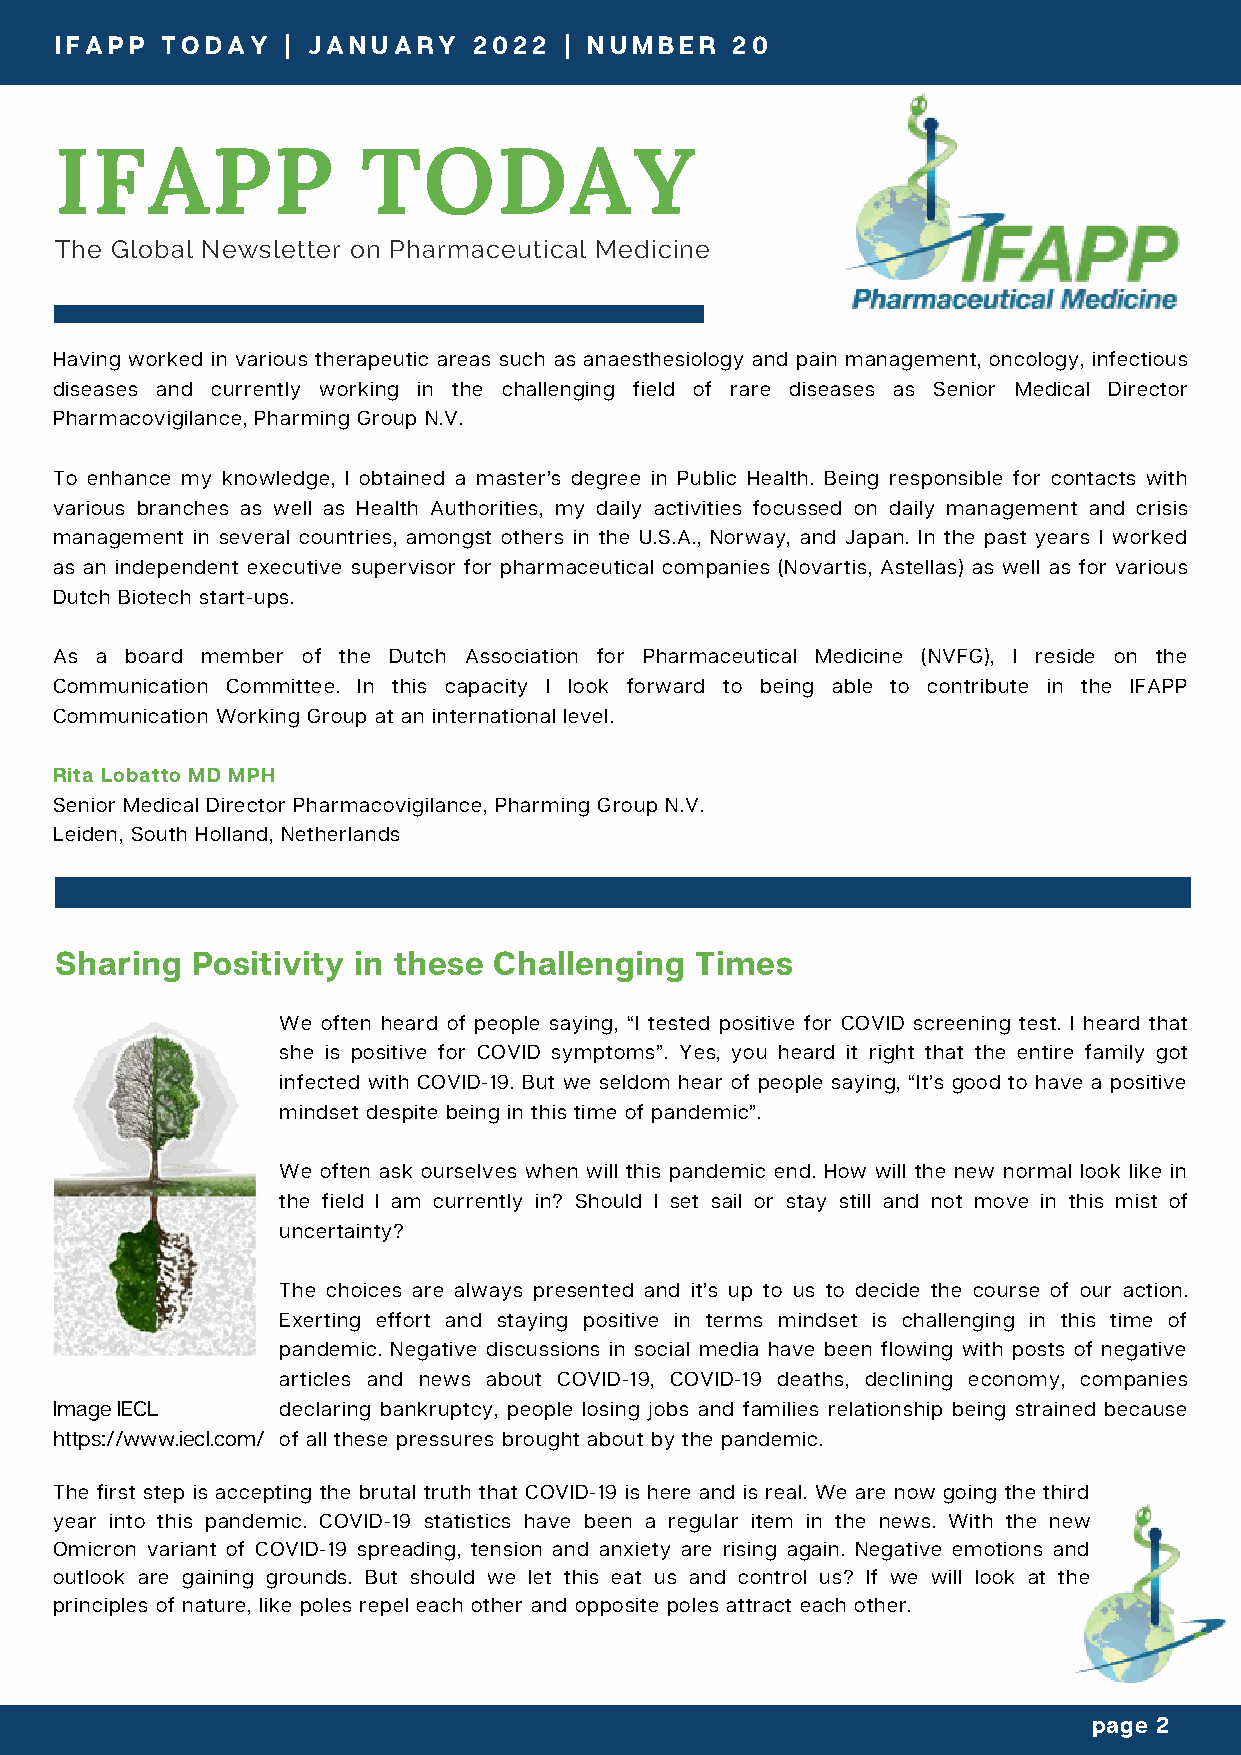
IFAPP  TODAY   | JANUARY   2022  | NUMBER   20
 IFAPP               TODAY
 The Global Newsletter on Pharmaceutical Medicine
 Having worked in various therapeutic areas such as anaesthesiology and pain management, oncology, infectious
 diseases and currently working in the challenging field of rare diseases as Senior Medical Director
 Pharmacovigilance, Pharming Group N.V.
 To enhance my knowledge, I obtained a master’s degree in Public Health. Being responsible for contacts with
 various branches as well as Health Authorities, my daily activities focussed on daily management and crisis
 management in several countries, amongst others in the U.S.A., Norway, and Japan. In the past years I worked
 as an independent executive supervisor for pharmaceutical companies (Novartis, Astellas) as well as for various
 Dutch Biotech start-ups.
 As a board member of the Dutch Association for Pharmaceutical Medicine (NVFG), I reside on the
 Communication Committee. In this capacity I look forward to being able to contribute in the IFAPP
 Communication Working Group at an international level.
 Rita Lobatto MD MPH
 Senior Medical Director Pharmacovigilance, Pharming Group N.V.
 Leiden, South Holland, Netherlands
 Sharing  Positivity in these Challenging  Times
 We often heard of people saying, “I tested positive for COVID screening test. I heard that
 she is positive for COVID symptoms”. Yes, you heard it right that the entire family got
 infected with COVID-19. But we seldom hear of people saying, “It’s good to have a positive
 mindset despite being in this time of pandemic”.
 We often ask ourselves when will this pandemic end. How will the new normal look like in
 the field I am currently in? Should I set sail or stay still and not move in this mist of
 uncertainty?
 The choices are always presented and it’s up to us to decide the course of our action.
 Exerting effort and staying positive in terms mindset is challenging in this time of
 pandemic. Negative discussions in social media have been flowing with posts of negative
 articles and news about COVID-19, COVID-19 deaths, declining economy, companies
 Image IECL     declaring bankruptcy, people losing jobs and families relationship being strained because
 https://www.iecl.com/ of all these pressures brought about by the pandemic.
 The first step is accepting the brutal truth that COVID-19 is here and is real. We are now going the third
 year into this pandemic. COVID-19 statistics have been a regular item in the news. With the new
 Omicron variant of COVID-19 spreading, tension and anxiety are rising again. Negative emotions and
 outlook are gaining grounds. But should we let this eat us and control us? If we will look at the
 principles of nature, like poles repel each other and opposite poles attract each other.
 page 2